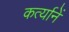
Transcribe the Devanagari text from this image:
कर्त्यानें